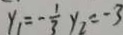
y _ { 1 } = - \frac { 1 } { 3 } y _ { 2 } = - 3